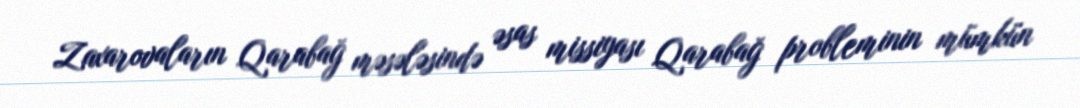
Zaxarovaların Qarabağ məsələsində əsas missiyası Qarabağ probleminin mümkün